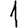
Digit: 1